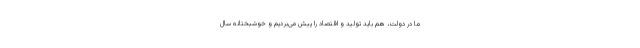
ما در دولت، هم باید تولید و اقتصاد را پیش می‌بردیم و خوشبختانه سال